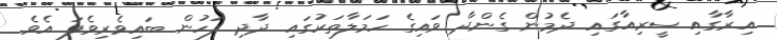
އިރާގާއި ސީރިއާގައި ދެމުން ގެންދާ ވައިގެ ހަމަލާތަކުގައި ދާދި ފަހުން ބައިވެރިވެފަ އެވެ.